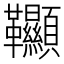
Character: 𩎌